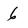
Character: 6